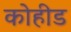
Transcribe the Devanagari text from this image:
कोहीड